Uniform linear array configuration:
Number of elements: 24
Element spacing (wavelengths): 0.25
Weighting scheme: binomial
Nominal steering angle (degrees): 15
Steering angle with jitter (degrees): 15.653
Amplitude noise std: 0.05
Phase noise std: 0.05

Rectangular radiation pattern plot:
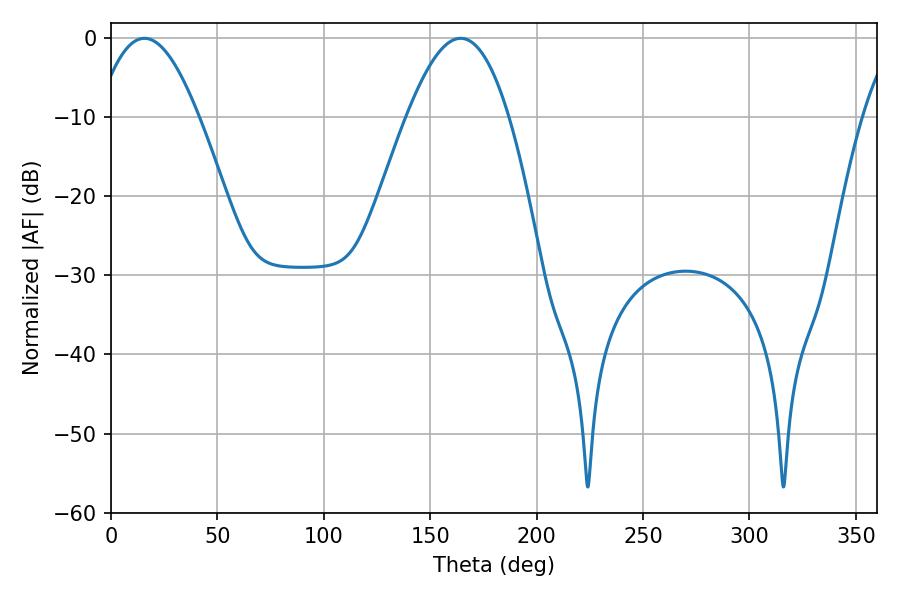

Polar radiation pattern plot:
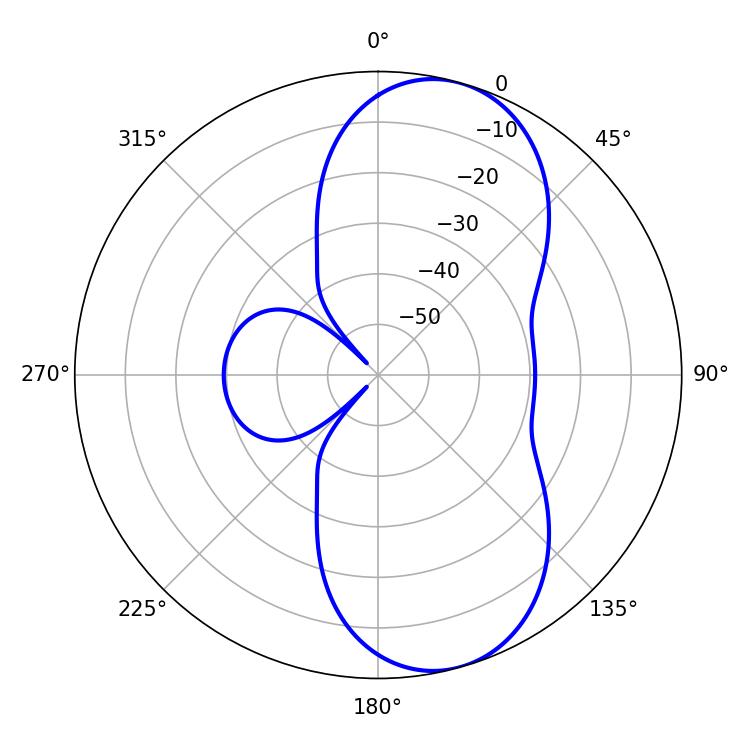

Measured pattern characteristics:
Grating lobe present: FALSE
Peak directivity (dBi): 8.566
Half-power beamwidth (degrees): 26.1
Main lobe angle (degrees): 15.66